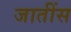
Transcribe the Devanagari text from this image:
जातींस